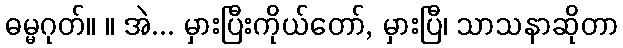
ဓမ္မဂုတ်။ ။ အဲ... မှားပြီးကိုယ်တော်, မှားပြီ၊ သာသနာဆိုတာ